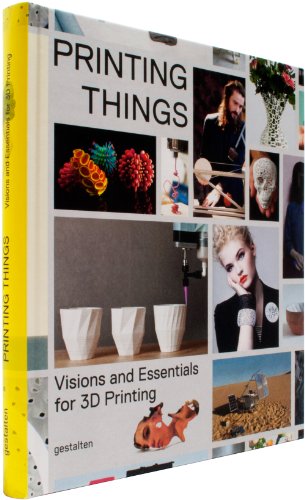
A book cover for Printing Things: Visions and Essentials for 3D Printing; Computers & Technology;